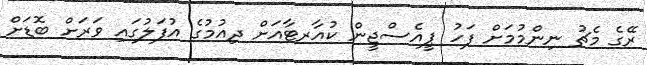
ރޭގެ މެޗު ނިންމުމަށް ފަހު ޕީއެސްޖީން ކުއާރޓާއަށް ދިއުމުގެ އުފަލުގައި ވަރަށް ބޮޑަށް